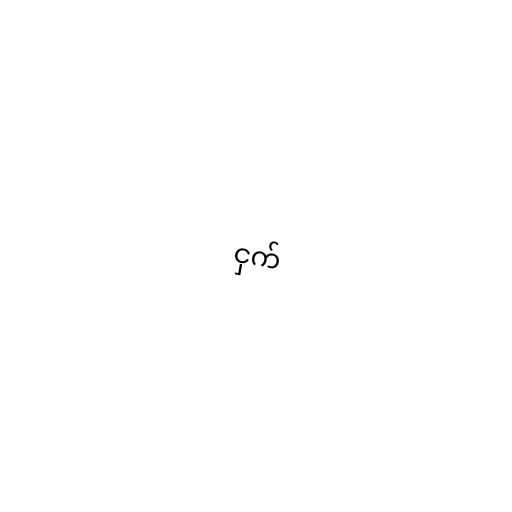
ငှက်